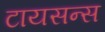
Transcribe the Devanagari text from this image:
टायसन्स